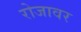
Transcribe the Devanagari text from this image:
रोजावर